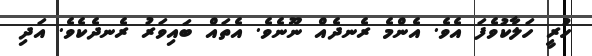
ހުރީ ހަލާކުވެފަ އެވެ. އެންމެ ރެނދެއް ނޫނެވެ. އެތައް ބައިވަރު ރެނދެކެވެ. އަދި